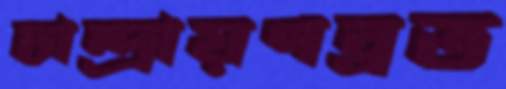
চান্দ্রায়ণব্রত